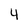
Character: 4